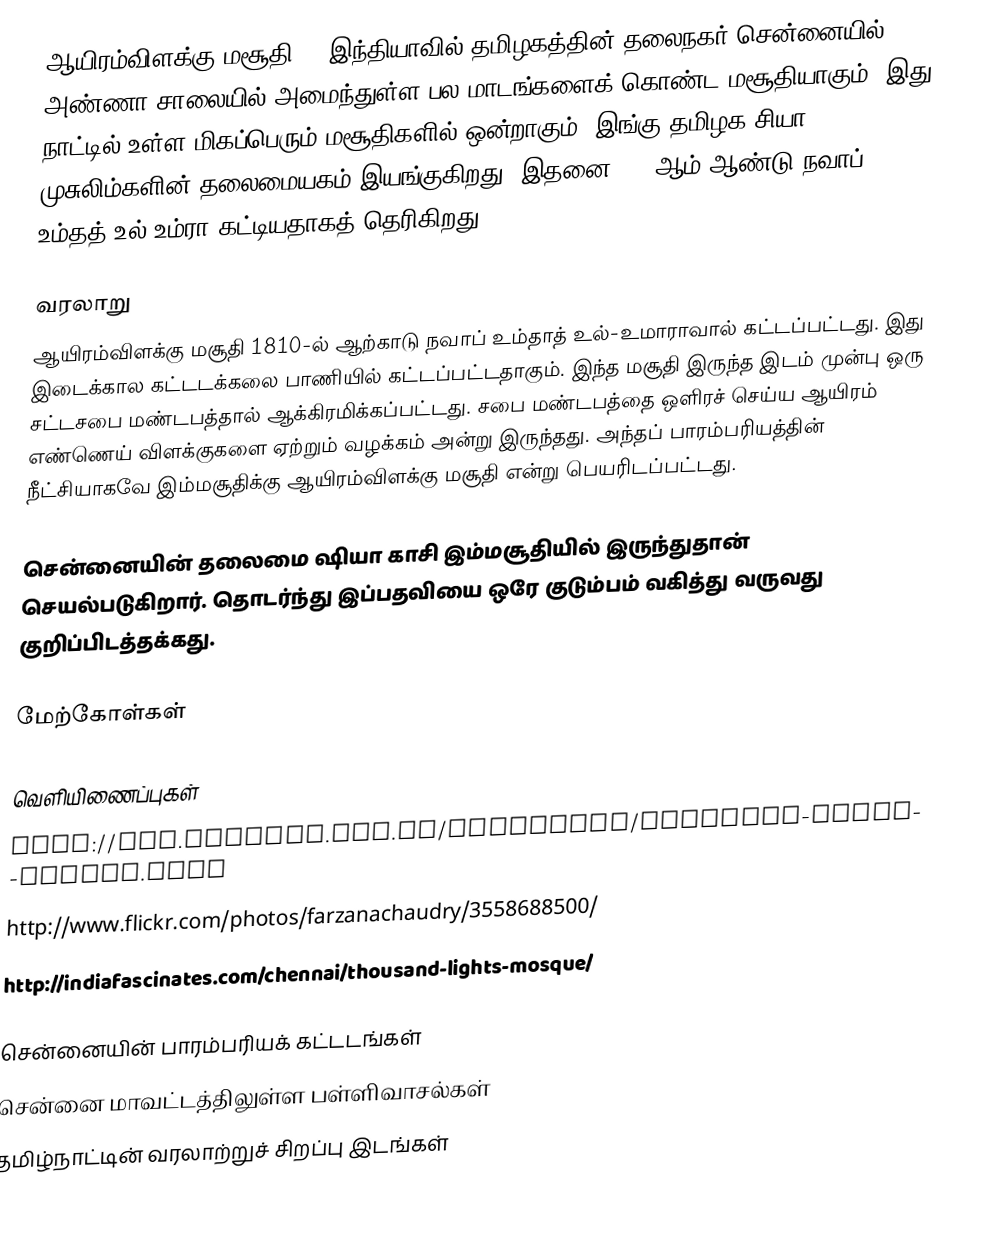
ஆயிரம்விளக்கு மசூதி () இந்தியாவில் தமிழகத்தின் தலைநகர் சென்னையில் அண்ணா சாலையில் அமைந்துள்ள பல மாடங்களைக் கொண்ட மசூதியாகும். இது நாட்டில் உள்ள மிகப்பெரும் மசூதிகளில் ஒன்றாகும். இங்கு தமிழக சியா முசுலிம்களின் தலைமையகம் இயங்குகிறது. இதனை 1810ஆம் ஆண்டு நவாப் உம்தத்-உல்-உம்ரா கட்டியதாகத் தெரிகிறது.

வரலாறு
ஆயிரம்விளக்கு மசூதி 1810-ல் ஆற்காடு நவாப் உம்தாத் உல்-உமாராவால் கட்டப்பட்டது. இது இடைக்கால கட்டடக்கலை பாணியில் கட்டப்பட்டதாகும். இந்த மசூதி இருந்த இடம் முன்பு ஒரு சட்டசபை மண்டபத்தால் ஆக்கிரமிக்கப்பட்டது. சபை மண்டபத்தை ஒளிரச் செய்ய ஆயிரம் எண்ணெய் விளக்குகளை ஏற்றும் வழக்கம் அன்று இருந்தது. அந்தப் பாரம்பரியத்தின் நீட்சியாகவே இம்மசூதிக்கு ஆயிரம்விளக்கு மசூதி என்று பெயரிடப்பட்டது.

சென்னையின் தலைமை ஷியா காசி இம்மசூதியில் இருந்துதான் செயல்படுகிறார். தொடர்ந்து இப்பதவியை ஒரே குடும்பம் வகித்து வருவது குறிப்பிடத்தக்கது.

மேற்கோள்கள்

வெளியிணைப்புகள்
 http://www.chennai.org.uk/monuments/thousand-light-mosque.html
 http://www.flickr.com/photos/farzanachaudry/3558688500/
 http://indiafascinates.com/chennai/thousand-lights-mosque/

சென்னையின் பாரம்பரியக் கட்டடங்கள்
சென்னை மாவட்டத்திலுள்ள பள்ளிவாசல்கள்
தமிழ்நாட்டின் வரலாற்றுச் சிறப்பு இடங்கள்